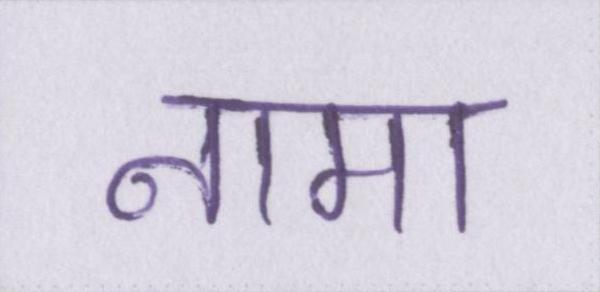
नामा